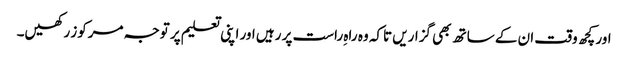
اور کچھ وقت ان کے ساتھ بھی گزاریں تاکہ وہ راہ ِراست پر رہیں اور اپنی تعلیم پر توجہ مرکوز رکھیں۔